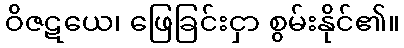
ဝိဇဋယေ၊ ဖြေခြင်းငှာ စွမ်းနိုင်၏။